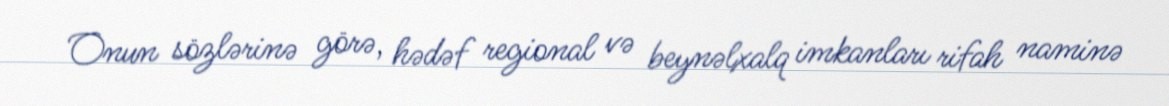
Onun sözlərinə görə, hədəf regional və beynəlxalq imkanları rifah naminə